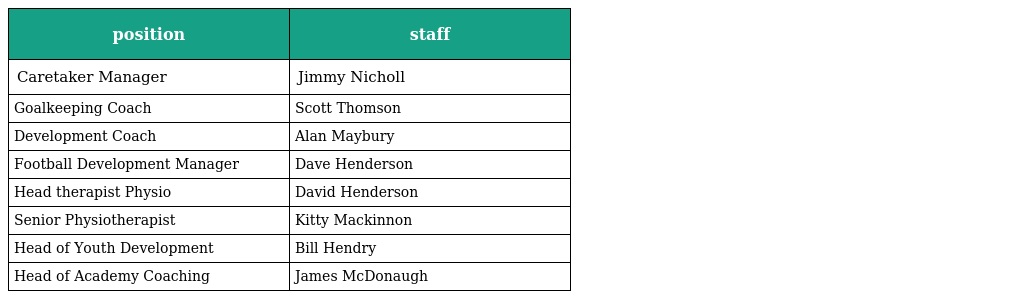
| position | staff |
 | --- | --- |
 | Caretaker Manager | Jimmy Nicholl |
 | Goalkeeping Coach | Scott Thomson |
 | Development Coach | Alan Maybury |
 | Football Development Manager | Dave Henderson |
 | Head therapist Physio | David Henderson |
 | Senior Physiotherapist | Kitty Mackinnon |
 | Head of Youth Development | Bill Hendry |
 | Head of Academy Coaching | James McDonaugh |